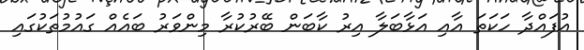
އުފައްދާ ހަކަތަ އާއި އަޅާބަލާ އިރު ކާބަން ބޭރުކުރާ މިންވަރު ބައެއް ގައުމުތަކުގައި